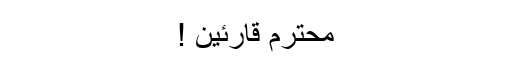
محترم قارئین !